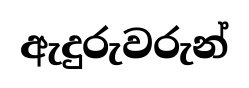
ඇදුරුවරුන්